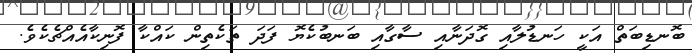
ބޮނޑިބަތް އަކީ ހަނޑުލާއި ގޮދަނާއި ސާގާއި ބަނބުކެޔޮ ފަދަ ތަކެތިން ކައްކާ ފޮނިކާއެއްޗެކެވެ.